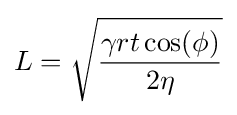
L={\sqrt {\frac {\gamma rt\cos(\phi )}{2\eta }}}